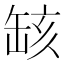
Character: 𦈲